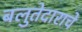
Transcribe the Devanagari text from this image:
बलुतेदाराचे